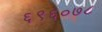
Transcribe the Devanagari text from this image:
६९६०७८